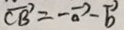
\overrightarrow { C B } = - \overrightarrow { a } - \overrightarrow { b }